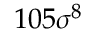
1 0 5 \sigma ^ { 8 }